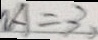
A = 3